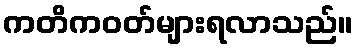
ကတိကဝတ်များရလာသည်။